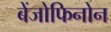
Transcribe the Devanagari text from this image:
बेंजोफिनोन